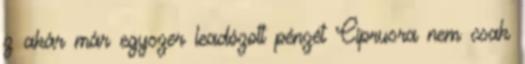
z akár már egyszer leadózott pénzét Ciprusra nem csak